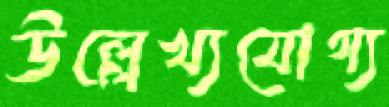
উল্লেখ্যযোগ্য